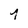
Character: 7